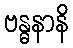
ဗန္ဓနာနိ